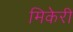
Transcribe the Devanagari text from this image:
मिकेरी